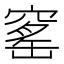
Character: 窰